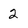
Character: 2